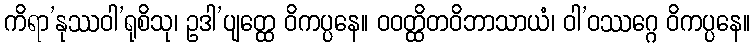
ကိရာ’နုဿဝါ’ရုစိသု၊ ဥဒါ’ပျတ္ထေ ဝိကပ္ပနေ။ ဝဝတ္ထိတဝိဘာသာယံ၊ ဝါ’ဝဿဂ္ဂေ ဝိကပ္ပနေ။